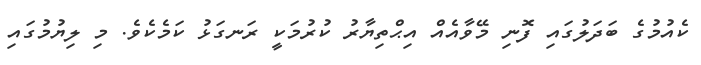
ކެއުމުގެ ބަދަލުގައި ފޮނި މޭވާއެއް އިޙްތިޔާރު ކުރުމަކީ ރަނގަޅު ކަމެކެވެ. މި ލިޔުމުގައި